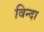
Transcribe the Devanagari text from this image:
विन्दा